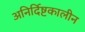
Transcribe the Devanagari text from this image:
अनिर्दिष्टकालीन